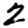
Digit: 2